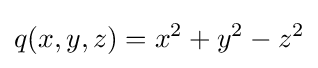
q(x,y,z)=x^{2}+y^{2}-z^{2}